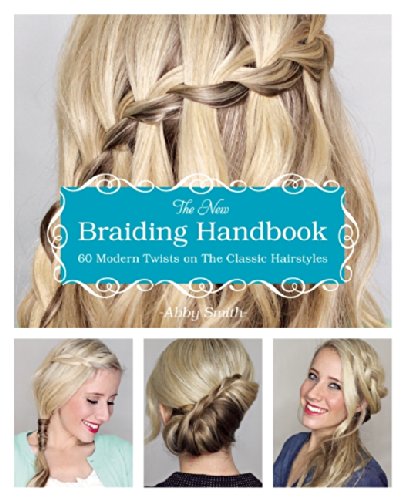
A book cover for The New Braiding Handbook: 60 Modern Twists on the Classic Hairstyle; Abby Smith; Crafts, Hobbies & Home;